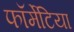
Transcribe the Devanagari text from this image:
फॉर्मेटिया